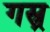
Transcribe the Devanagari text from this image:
गस्र्र